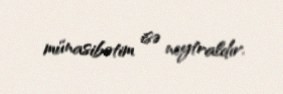
münasibətim isə neytraldır.